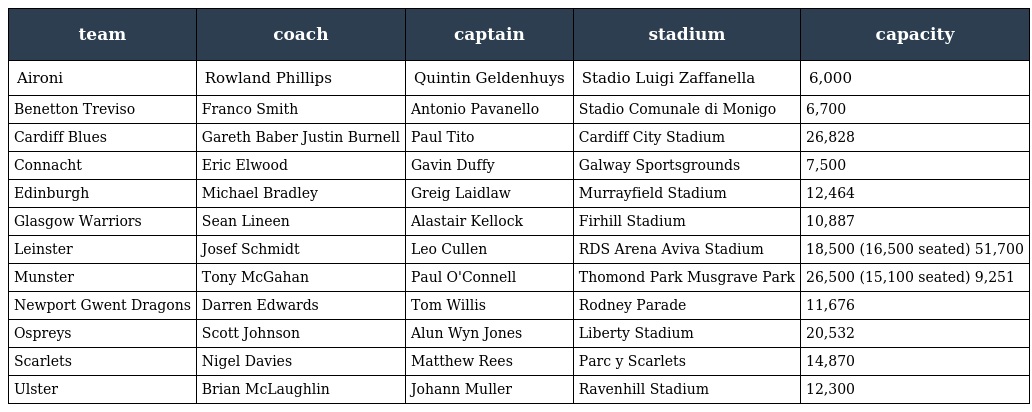
| team | coach | captain | stadium | capacity |
 | --- | --- | --- | --- | --- |
 | Aironi | Rowland Phillips | Quintin Geldenhuys | Stadio Luigi Zaffanella | 6,000 |
 | Benetton Treviso | Franco Smith | Antonio Pavanello | Stadio Comunale di Monigo | 6,700 |
 | Cardiff Blues | Gareth Baber Justin Burnell | Paul Tito | Cardiff City Stadium | 26,828 |
 | Connacht | Eric Elwood | Gavin Duffy | Galway Sportsgrounds | 7,500 |
 | Edinburgh | Michael Bradley | Greig Laidlaw | Murrayfield Stadium | 12,464 |
 | Glasgow Warriors | Sean Lineen | Alastair Kellock | Firhill Stadium | 10,887 |
 | Leinster | Josef Schmidt | Leo Cullen | RDS Arena Aviva Stadium | 18,500 (16,500 seated) 51,700 |
 | Munster | Tony McGahan | Paul O'Connell | Thomond Park Musgrave Park | 26,500 (15,100 seated) 9,251 |
 | Newport Gwent Dragons | Darren Edwards | Tom Willis | Rodney Parade | 11,676 |
 | Ospreys | Scott Johnson | Alun Wyn Jones | Liberty Stadium | 20,532 |
 | Scarlets | Nigel Davies | Matthew Rees | Parc y Scarlets | 14,870 |
 | Ulster | Brian McLaughlin | Johann Muller | Ravenhill Stadium | 12,300 |